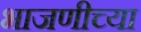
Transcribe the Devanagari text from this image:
भाजणीच्या